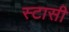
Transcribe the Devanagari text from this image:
स्टासी